Indian journal of veterinary science and animal husbandry - Volume 10,
Year: 1940
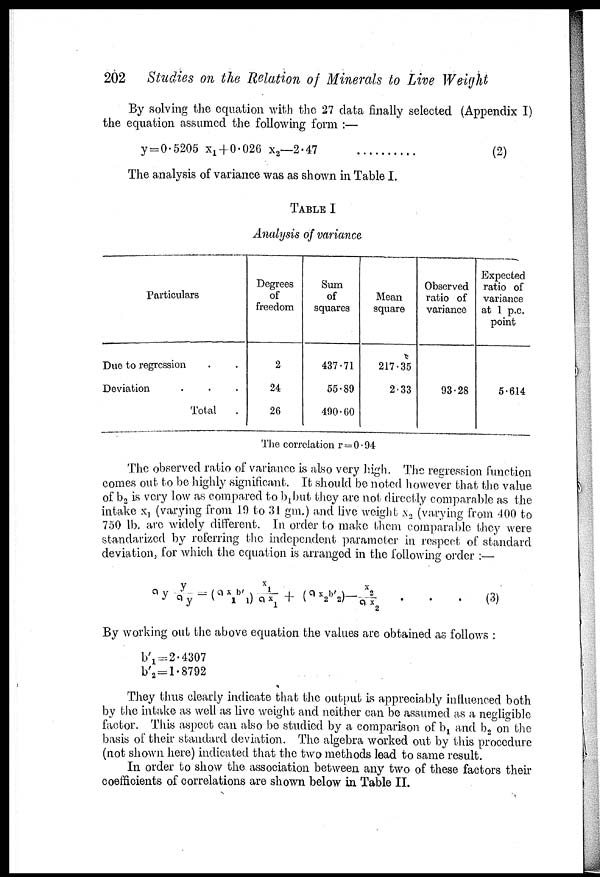
202 Studies on the Relation of Minerals to Live Weight
By solving the equation with the 27 data finally selected (Appendix I)
the equation assumed the following form :—
y=0.5205 x 1 + 0.026 x 2 —2.47
(2)
The analysis of variance was as shown in Table I.
TABLE I
Analysis of variance
Particulars
Due to regression . .
Deviation . . .
Total .
Degrees
of
freedom
2
24
26
Sum
of
squares
437.71
55.89
490.60
Mean
square
217.35
2.33
Observed
ratio of
variance
93.28
Expected
ratio of
variance
at 1 p.c.
point
5.614
The correlation r = 0.94
The observed ratio of variance is also very high. The regression function
comes out to be highly significant. It should be noted however that the value
of b 2 is very low as compared to b 1 but they are not directly comparable as the
intake x 1 (varying from 19 to 31 gm.) and live weight x 2 (varying from 400 to
750 lb. are widely different. In order to make them comparable they were
standarized by referring the independent parameter in respect of standard
deviation, for which the equation is arranged in the following order :—
ay y/ay =(ax 1 b' 1 )x 1 /ax 1 +(ax 2 b' 2 )—x 2 /ax 2 . . . (3)
By working out the above equation the values are obtained as follows :
b' 1 = 2.4307
b' 2 = 1.8792
They thus clearly indicate that the output is appreciably influenced both
by the intake as well as live weight and neither can be assumed as a negligible
factor. This aspect can also be studied by a comparison of b l and b 2 on the
basis of their standard deviation. The algebra worked out by this procedure
(not shown here) indicated that the two methods lead to same result.
In order to show the association between any two of these factors their
coefficients of correlations are shown below in Table II.